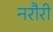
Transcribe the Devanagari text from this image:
नरौरी